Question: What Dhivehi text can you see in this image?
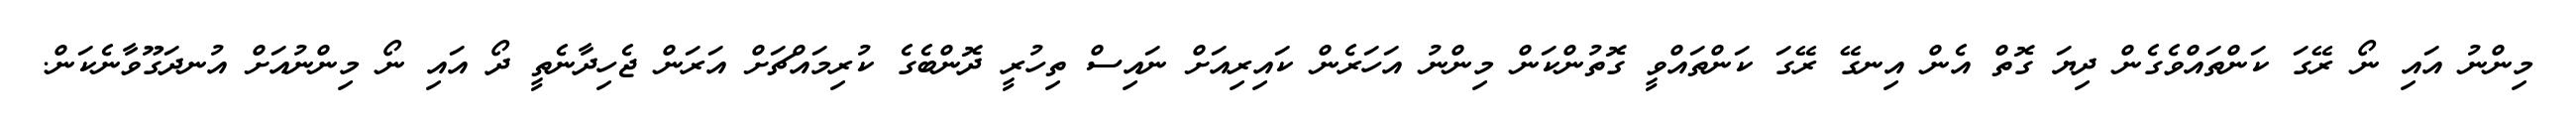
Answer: މިންނު އައި ނޯ ރޭގަ ކަންތައްވެގެން ދިޔަ ގޮތް އެން އިނގޭ ރޭގަ ކަންތައްވީ ގޮތުންކަން މިންނު އަހަރެން ކައިރިއަށް ނައިސް ތިހުރީ ދޮންބެގެ ކުރިމައްޗަށް އަރަން ޖެހިދާނެތީ ދޯ އައި ނޯ މިންނުއަށް އުނދަގޫވާނެކަން.